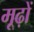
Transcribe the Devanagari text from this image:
मूढ़ों